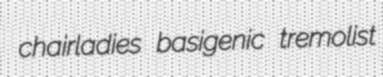
chairladies basigenic tremolist